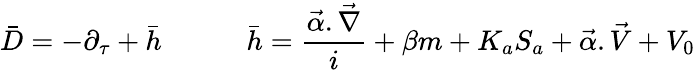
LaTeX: \bar{D}=-\partial_{\tau}+\bar{h}\quad\quad\quad\bar{h}=\frac{\vec{\alpha}.\vec{\nabla}}i+\beta m+K_{a}S_{a}+\vec{\alpha}.\vec{V}+V_{0}